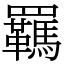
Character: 羈